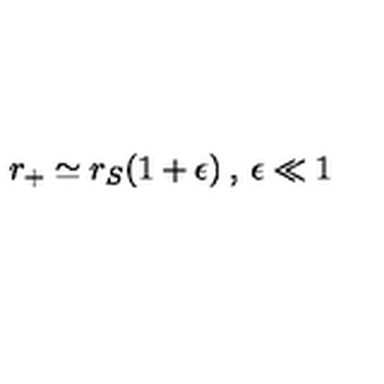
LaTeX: r _ { + } \simeq r _ { S } ( 1 + \epsilon ) \: , \: \epsilon \ll 1